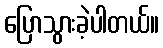
ပြောသွားခဲ့ပါတယ်။